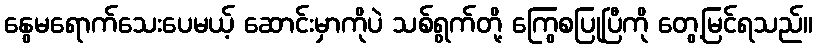
နွေမရောက်သေးပေမယ့် ဆောင်းမှာကိုပဲ သစ်ရွက်တို့ ကြွေစပြုပြီကို တွေ့မြင်ရသည်။